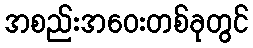
အစည်းအဝေးတစ်ခုတွင်